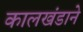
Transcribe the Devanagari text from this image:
कालखंडाने